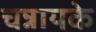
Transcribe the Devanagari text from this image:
चन्नायके